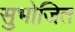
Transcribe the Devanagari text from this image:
सुभोजित